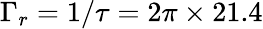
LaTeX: \Gamma_{r}=1/\tau=2\pi\times 21.4